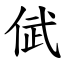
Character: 倵